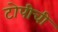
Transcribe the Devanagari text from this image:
टोपीची